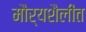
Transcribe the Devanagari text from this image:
मौर्यशैलीत